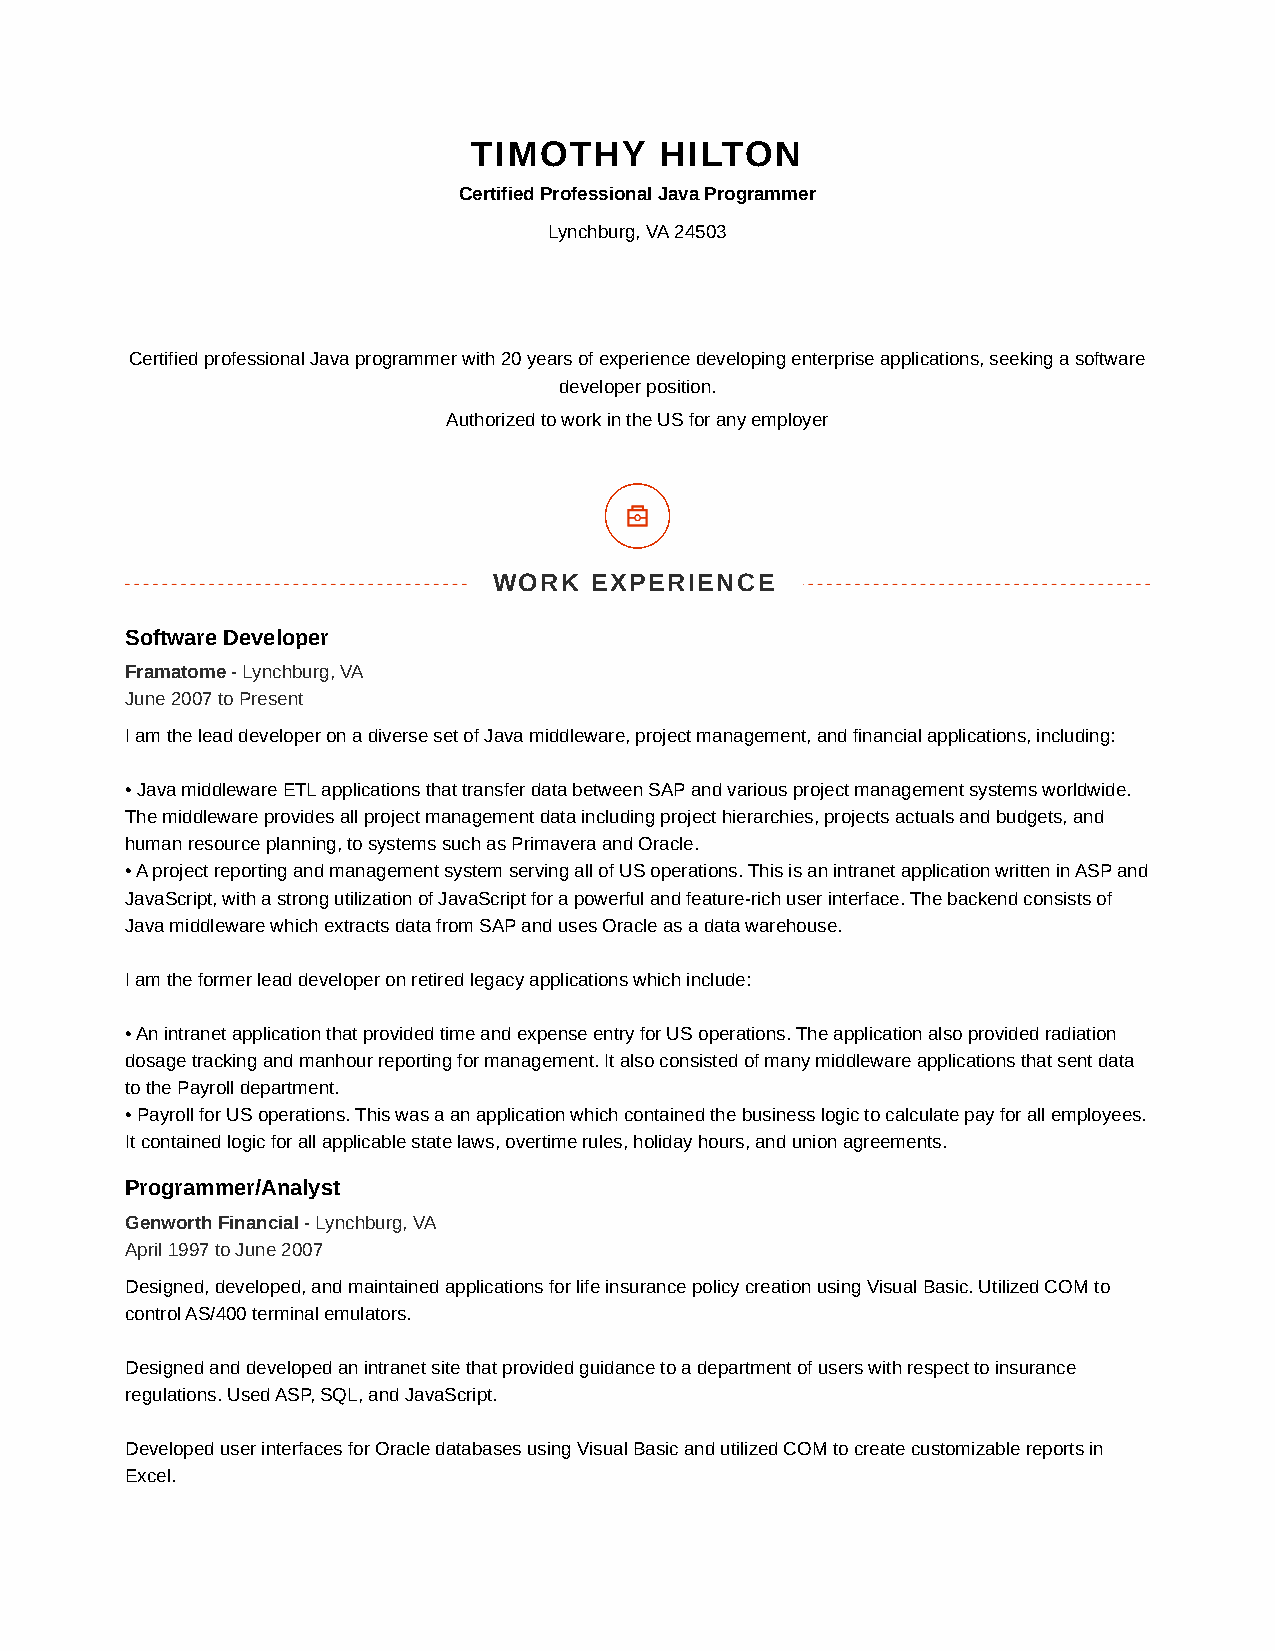
TIMOTHY      HILTON
 Certified Professional Java Programmer
 Lynchburg, VA 24503
 timothyhilton@gmail.com
 (434) 401-0333
 Certified professional Java programmer with 20 years of experience developing enterprise applications, seeking a software
 developer position.
 Authorized to work in the US for any employer
 WORK  EXPERIENCE
 Software Developer
 Framatome - Lynchburg, VA
 June 2007 to Present
 I am the lead developer on a diverse set of Java middleware, project management, and financial applications, including:
 • Java middleware ETL applications that transfer data between SAP and various project management systems worldwide.
 The middleware provides all project management data including project hierarchies, projects actuals and budgets, and
 human resource planning, to systems such as Primavera and Oracle.
 • A project reporting and management system serving all of US operations. This is an intranet application written in ASP and
 JavaScript, with a strong utilization of JavaScript for a powerful and feature-rich user interface. The backend consists of
 Java middleware which extracts data from SAP and uses Oracle as a data warehouse.
 I am the former lead developer on retired legacy applications which include:
 • An intranet application that provided time and expense entry for US operations. The application also provided radiation
 dosage tracking and manhour reporting for management. It also consisted of many middleware applications that sent data
 to the Payroll department.
 • Payroll for US operations. This was a an application which contained the business logic to calculate pay for all employees.
 It contained logic for all applicable state laws, overtime rules, holiday hours, and union agreements.
 Programmer/Analyst
 Genworth Financial - Lynchburg, VA
 April 1997 to June 2007
 Designed, developed, and maintained applications for life insurance policy creation using Visual Basic. Utilized COM to
 control AS/400 terminal emulators.
 Designed and developed an intranet site that provided guidance to a department of users with respect to insurance
 regulations. Used ASP, SQL, and JavaScript.
 Developed user interfaces for Oracle databases using Visual Basic and utilized COM to create customizable reports in
 Excel.